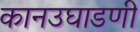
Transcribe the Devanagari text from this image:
कानउघाडणी